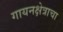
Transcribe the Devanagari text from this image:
गायनक्षेत्राचा